Report on vaccination in Madras 1904-1921 - 1904-1921
Year: 1904
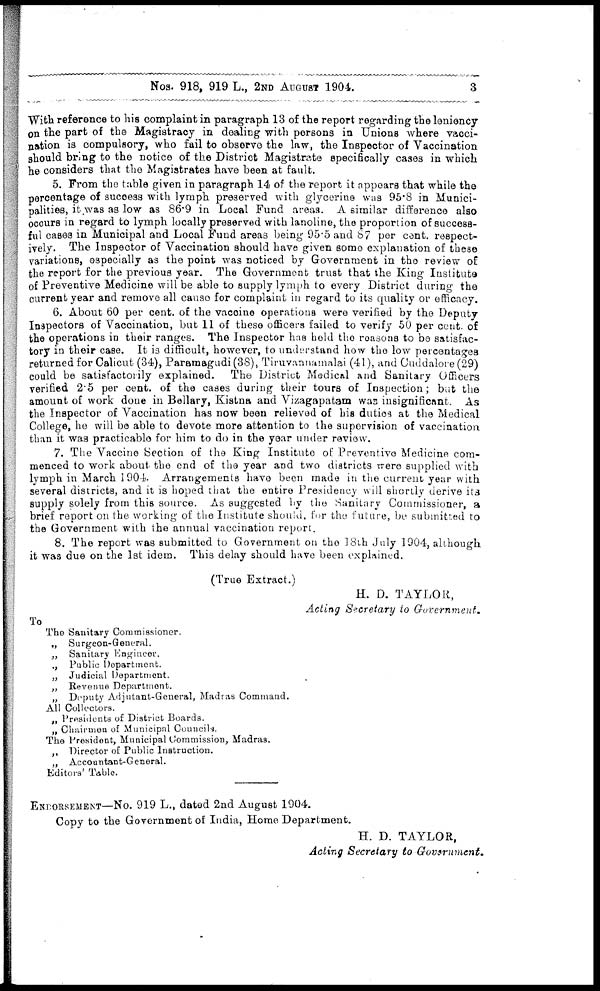
Nos. 918, 919 L., 2ND AUGUST 1904.
3
With reference to his complaint in paragraph 13 of the report regarding the leniency
on the part of the Magistracy in dealing with persons in Unions where vacci-
nation is compulsory, who fail to observe the law, the Inspector of Vaccination
should bring to the notice of the District Magistrate specifically cases in which
he considers that the Magistrates have been at fault.
5. From the table given in paragraph 14 of the report it appears that while the
percentage of success with lymph preserved with glycerine was 95.8 in Munici-
palities, it was as low as 86.9 in Local Fund areas. A similar difference also
occurs in regard to lymph locally preserved with lanoline, the proportion of success-
ful cases in Municipal and Local Fund areas being 95.5 and 87 per cent. respect-
ively. The Inspector of Vaccination should have given some explanation of these
variations, especially as the point was noticed by Government in the review of
the report for the previous year. The Government trust that the King Institute
of Preventive Medicine will be able to supply lymph to every District during the
current year and remove all cause for complaint in regard to its quality or efficacy.
6. About 60 per cent. of the vaccine operations were verified by the Deputy
Inspectors of Vaccination, but 11 of these officers failed to verify 50 per cent. of
the operations in their ranges. The Inspector has held the reasons to be satisfac-
tory in their case. It is difficult, however, to understand how the low percentages
returned for Calicut (34), Paramagudi (38), Tiruvannamalai (41), and Cuddalore (29)
could be satisfactorily explained.
The District Medical and Sanitary Officers
verified 2.5 per cent. of the cases during their tours of Inspection; but the
amount of work done in Bellary, Kistna and Vizagapatam was insignificant. As
the Inspector of Vaccination has now been relieved of his duties at the Medical
College, he will be able to devote more attention to the supervision of vaccination
than it was practicable for him to do in the year under review.
7. The Vaccine Section of the King Institute of Preventive Medicine com-
menced to work about the end of the year and two districts were supplied with
lymph in March 1904. Arrangements have been made in the current year with
several districts, and it is hoped that the entire Presidency will shortly derive its
supply solely from this source. As suggested by the Sanitary Commissioner, a
brief report on the working of the Institute should, for the future, be submitted to
the Government with the annual vaccination report.
8. The report was submitted to Government on the 18th July 1904, although
it was due on the 1st idem. This delay should have been explained.
(True Extract.)
H. D. TAYLOR,
Acting Secretary to Government.
To
The Sanitary Commissioner.
„ Surgeon-General.
„ Sanitary Engineer.
„ Public Department.
„ Judicial Department.
„ Revenue Department.
„ Deputy Adjutant-General, Madras Command.
All Collectors.
„ Presidents of District Boards.
„ Chairmen of Municipal Councils.
The President, Municipal Commission, Madras.
„ Director of Public Instruction.
„ Accountant-General.
Editors' Table.
ENDORSEMENT—No. 919 L., dated 2nd August 1904.
Copy to the Government of India, Home Department.
H. D. TAYLOR,
Acting Secretary to Government.